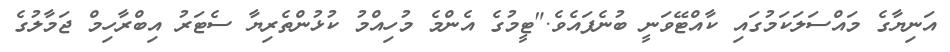
އަނިޔާގެ މައްސަލަކަމުގައި ކާއްޓޭވަނީ ބުނެފައެވެ."ޓީމުގެ އެންމެ މުހިއްމު ކުޅުންތެރިޔާ ސެޓަރު އިބްރާހިމް ޖަމާލުގެ